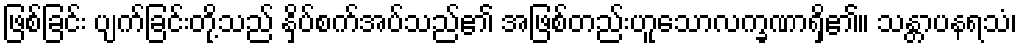
ဖြစ်ခြင်း ပျက်ခြင်းတို့သည် နှိပ်စက်အပ်သည်၏ အဖြစ်တည်းဟူသောလက္ခဏာရှိ၏။ သန္တာပနရသံ၊